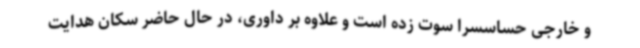
و خارجی حساسسرا سوت زده است و علاوه بر داوری، در حال حاضر سکان هدایت